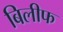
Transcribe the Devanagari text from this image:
बिलीफ